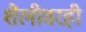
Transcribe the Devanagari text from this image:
शैलीवरही